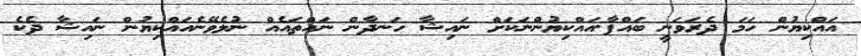
އައްކިޔުން ހަމަ ދެރަވަނީ ބައްޕާ.އައްކިޔުންނަކަށް ނައިޝާ ހަނދާން ނައްތައެއް ނުލެވޭނެއައްކިޔުން ނައިޝާ ދެކެ